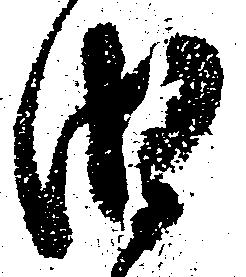
由